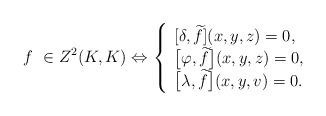
LaTeX: \begin{align*}f\ \in Z^2(K,K) \Leftrightarrow\left\{ \begin{array}{ll}[\delta,\widetilde{f}](x,y,z)=0,\\\big[\varphi,\widetilde{f}\big](x,y,z)=0,\\\big[\lambda,\widetilde{f}\big](x,y,v)=0.\\\end{array} \right.\end{align*}